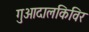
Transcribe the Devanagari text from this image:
गुआदालकिविर